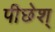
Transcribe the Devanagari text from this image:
पीछेश्